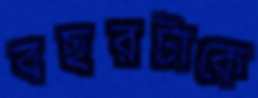
বছরটাকে